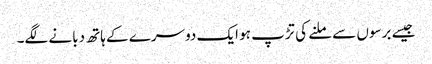
جیسے برسوں سے ملنے کی تڑپ ہو ایک دوسرے کے ہاتھ دبانے لگے۔